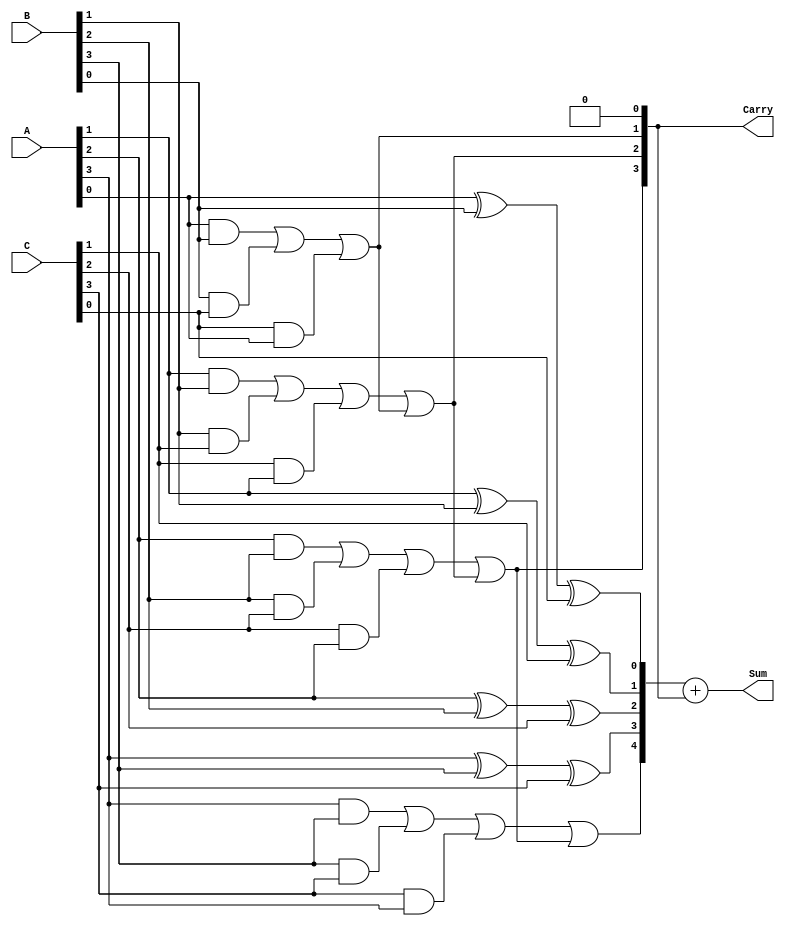
module ModifiedCarrySaveAdder #(parameter n = 4) (
    input  [n-1:0] A,  // First input
    input  [n-1:0] B,  // Second input
    input  [n-1:0] C,  // Third input
    output [n:0] Sum,   // Resultant sum (n+1 bits)
    output [n-1:0] Carry // Carry output (n bits)
);

    wire [n-1:0] partial_sum; // Partial sums
    wire [n-1:0] carry_temp;   // Temporary carries

    // Generate partial sums and carries
    genvar i;
    generate
        for (i = 0; i < n; i = i + 1) begin : adder_logic
            assign partial_sum[i] = A[i] ^ B[i] ^ C[i]; // Partial sum
            assign carry_temp[i] = (A[i] & B[i]) | (B[i] & C[i]) | (C[i] & A[i]); // Carry
        end
    endgenerate

    // Final carry propagation
    wire [n:0] carry_propagated; // Carry propagation (n+1 bits)
    assign carry_propagated[0] = 1'b0; // Initial carry in is 0

    generate
        for (i = 0; i < n; i = i + 1) begin : carry_propagation
            assign carry_propagated[i + 1] = carry_temp[i] | carry_propagated[i]; // Propagate carry
        end
    endgenerate

    // Final sum calculation
    assign Sum = {carry_propagated[n], partial_sum} + carry_propagated[n-1:0]; // Final sum
    assign Carry = carry_propagated[n-1:0]; // Final carry output

endmodule